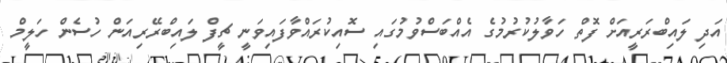
އަދި ލައިބްރަރީއަށް ފޮތް ހަވާލުކުރުމުގެ އެއްބަސްވުމުގައި ސޮއިކުރައްވާފައިވަނީ ޗީފް ލައިބްރޭރިއަން ހުސެން ހަލީމް